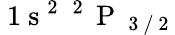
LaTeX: \mathrm{~1~s~}^{2}\; ^{\mathrm{~2~}}\mathrm{~P~}_{\mathrm{~3~/~2~}}